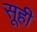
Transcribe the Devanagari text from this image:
सूही